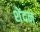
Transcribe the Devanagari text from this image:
शेंदन